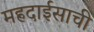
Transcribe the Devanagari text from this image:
महदाईसाची